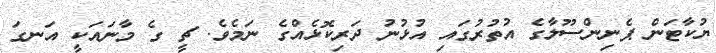
ޔުކާޓަން ޕެނިންސޫލާގެ އުތުރުގައި އުޅުނު ދަރިކޮޅެއްގެ ނަމެވެ. ޗީ ގެ މާނައަކީ އަނގަ